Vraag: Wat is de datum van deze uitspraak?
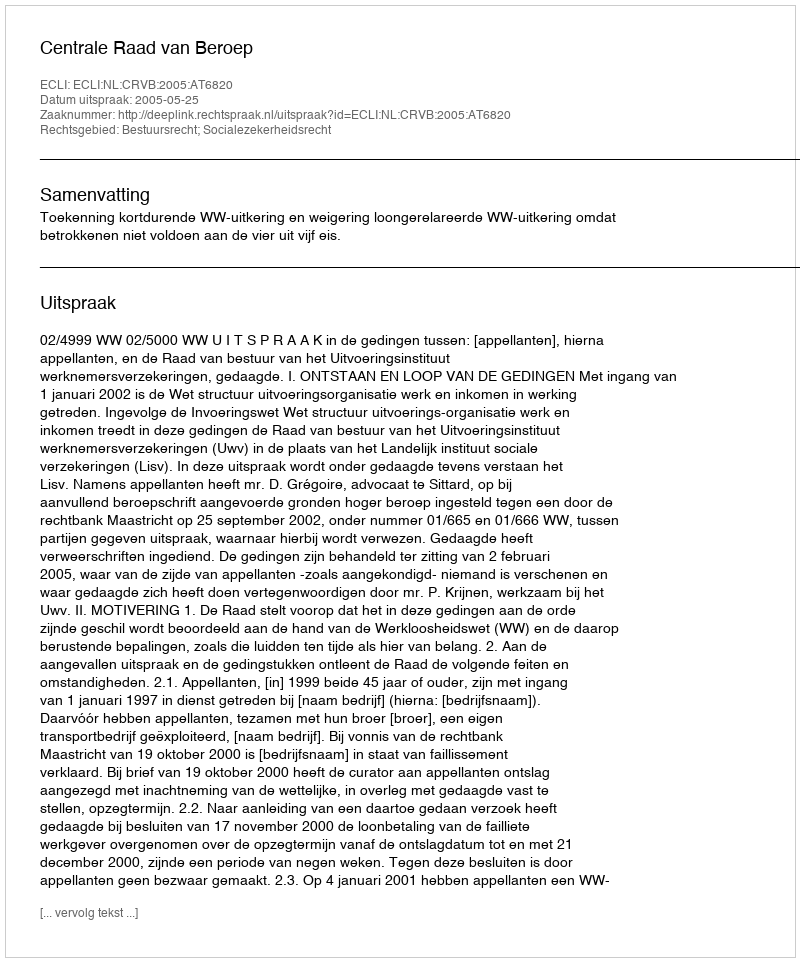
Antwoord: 2005-05-25